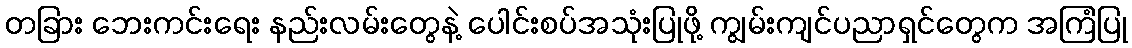
တခြား ဘေးကင်းရေး နည်းလမ်းတွေနဲ့ ပေါင်းစပ်အသုံးပြုဖို့ ကျွမ်းကျင်ပညာရှင်တွေက အကြံပြု